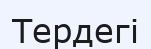
Тердегі